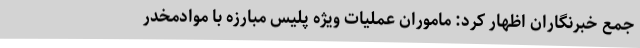
جمع خبرنگاران اظهار کرد: ماموران عملیات ویژه پلیس مبارزه با موادمخدر